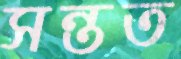
সন্তত